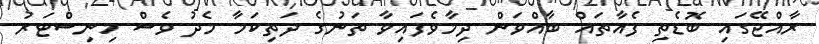
ރާއްޖޭގައި ބޮޑެތި ފެއާތައް ބާއްވަން ދިމާވެފައިވާ ތަނުގެ ދަތިކަމާ މެދު ވެސް މިނިސްޓަރު